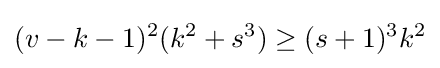
(v-k-1)^{2}(k^{2}+s^{3})\geq (s+1)^{3}k^{2}